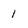
Character: I